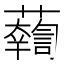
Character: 𧃓